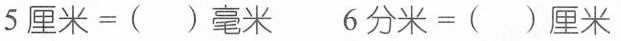
$$5厘米=()毫米$$ $$6分米=()厘米$$